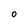
Character: O